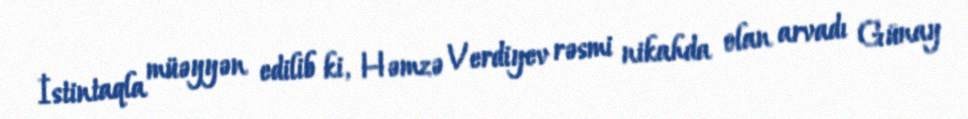
İstintaqla müəyyən edilib ki, Həmzə Verdiyev rəsmi nikahda olan arvadı Günay